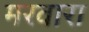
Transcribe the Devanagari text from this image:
मरवारा